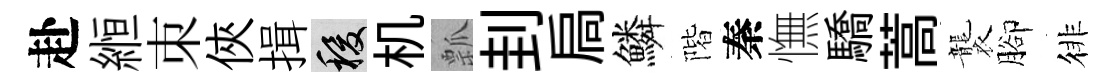
赴縆朿俠揖稷机瓢刲扃鱗階秦憮驕蒿襲腳徘